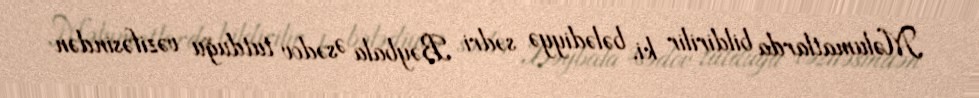
Məlumatlarda bildirilir ki, bələdiyyə sədri Bəybala Əsədov tutduğu vəzifəsindən